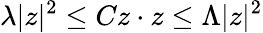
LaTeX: \lambda|z|^{2}\leq Cz\cdot z\leq\Lambda|z|^{2}